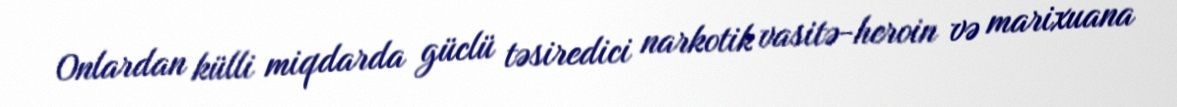
Onlardan külli miqdarda güclü təsiredici narkotik vasitə-heroin və marixuana